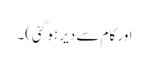
اور کام سے دیر ہو گئی)۔